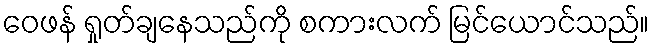
ဝေဖန် ရှုတ်ချနေသည်ကို စကားလက် မြင်ယောင်သည်။